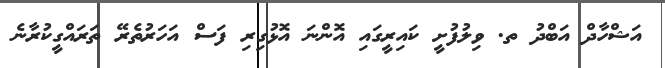
އަޝްހާދް އަބްދު ތ. ވިލުފުށީ ކައިރީގައި އޮންނަ އޮޅުގިރި ފަސް އަހަރުތެރޭ ތަރައްގީކުރާނެ